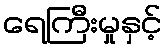
ရေကြီးမှုနှင့်